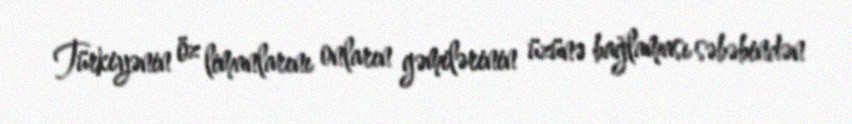
Türkiyənin öz limanlarını onların gəmilərinin üzünə bağlaması səbəbindən